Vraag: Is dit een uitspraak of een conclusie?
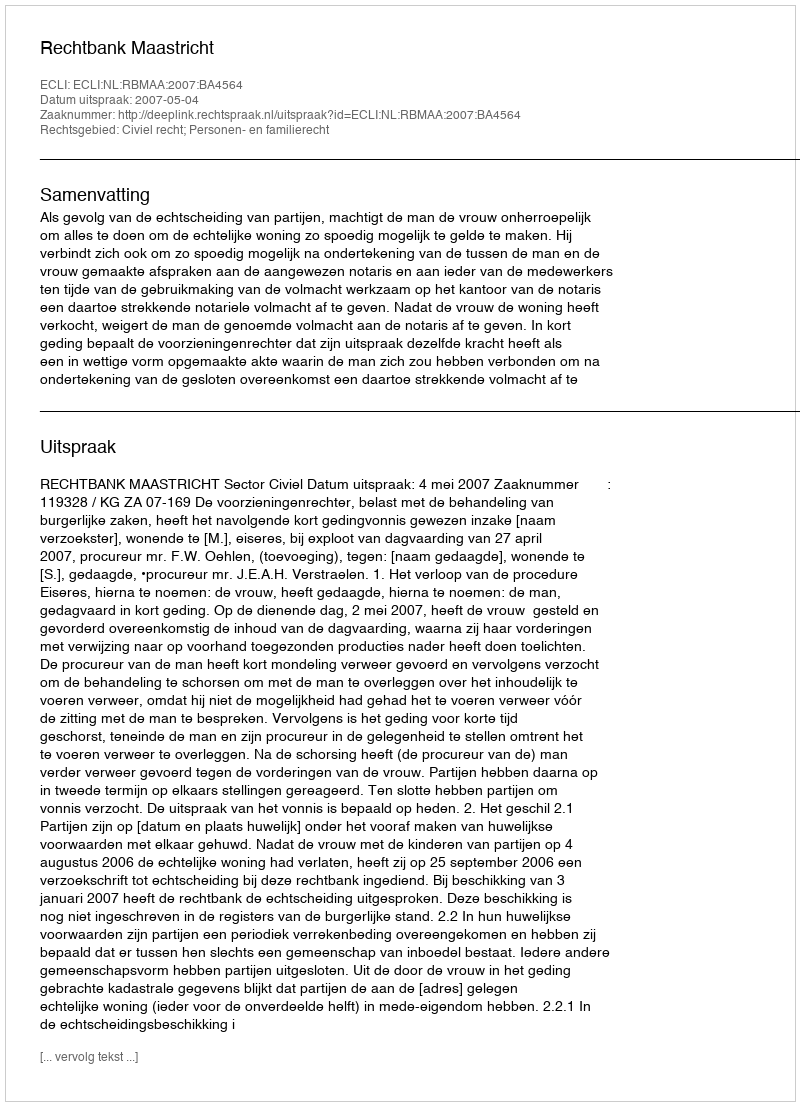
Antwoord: Uitspraak